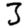
Digit: 3